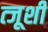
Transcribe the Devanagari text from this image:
त्जूशी